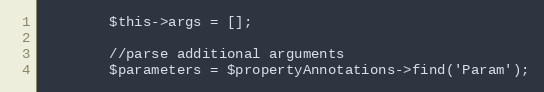
Language: PHP
		$this->args = [];

		//parse additional arguments
		$parameters = $propertyAnnotations->find('Param');